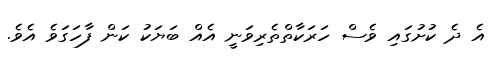
އެ ދެ ކުށުގައި ވެސް ހަރަކާތްތެރިވަނީ އެއް ބަޔަކު ކަން ފާހަގަވެ އެވެ.